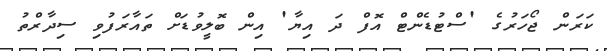
ކަރަން ޖޯހަރުގެ 'ސްޓުޑެންޓް އޮފް ދަ އިޔާ' އިން ބޮލީވުޑަށް ތައާރަފުވި ސިދާރްތު